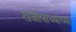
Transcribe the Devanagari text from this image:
राजोपाध्यांच्या